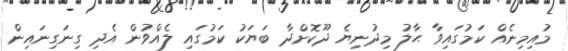
މުއިމިނެއް ކަމުގައިވާ ޙާލު މިދުނިޔެ ދޫކޮށްދާ ބަޔަކު ކަމުގައި ލެއްވުން އެދި ގިނަގިނައިން